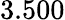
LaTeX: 3.500